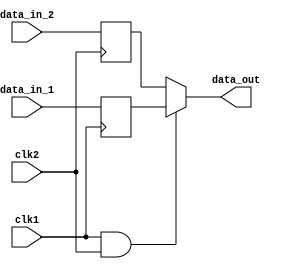
module Timing_Control_and_Synchronization (
    input wire clk1,
    input wire clk2,
    input wire [7:0] data_in_1,
    input wire [7:0] data_in_2,

    output reg [7:0] data_out
);

reg [7:0] synced_data_in_1;
reg [7:0] synced_data_in_2;

always @(posedge clk1) begin
    synced_data_in_1 <= data_in_1;
end

always @(posedge clk2) begin
    synced_data_in_2 <= data_in_2;
end

always @* begin
    if (clk1 == 1'b1 && clk2 == 1'b1) begin
        data_out <= synced_data_in_1;
    end else begin
        data_out <= synced_data_in_2;
    end
end

endmodule